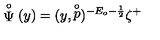
\stackrel { \circ } { \Psi } ( y ) = ( y , \stackrel { \circ } { p } ) ^ { - E _ { o } - \frac 1 2 } \zeta ^ { + }